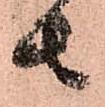
者